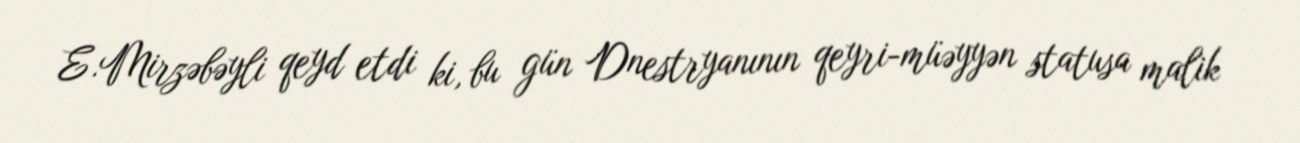
E.Mirzəbəyli qeyd etdi ki, bu gün Dnestryanının qeyri-müəyyən statusa malik